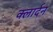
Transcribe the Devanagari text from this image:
क्लार्दन